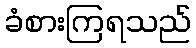
ခံစားကြရသည်